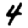
Digit: 4